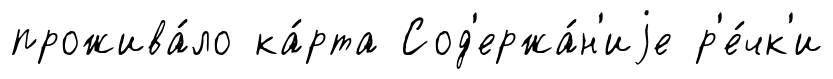
прожива́ло ка́рта Сод'ержа́н'иjе р'е́чк'и